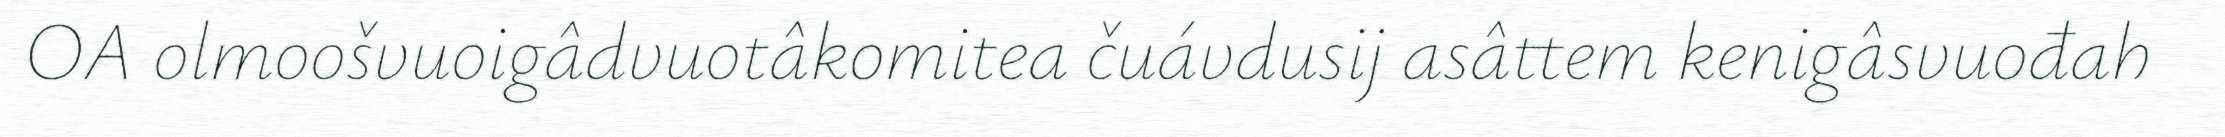
OA olmoošvuoigâdvuotâkomitea čuávdusij asâttem kenigâsvuođah